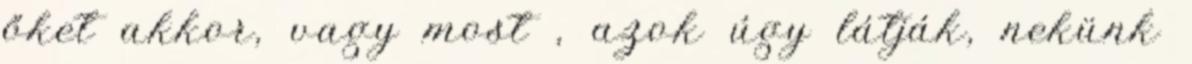
őket akkor, vagy most , azok úgy látják, nekünk